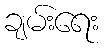
ချမ်းရေး